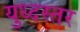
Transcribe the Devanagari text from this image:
युध्दस्तर